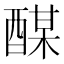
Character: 䤂